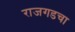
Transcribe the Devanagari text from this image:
राजगडचा